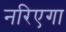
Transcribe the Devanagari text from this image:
नरिएगा